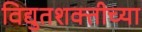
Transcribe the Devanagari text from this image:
विद्युतशक्तीच्या